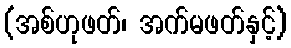
(အစ်ဟုဖတ်၊ အက်မဖတ်နှင့်)